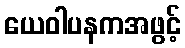
ယေဝါပနကအဖွင့်